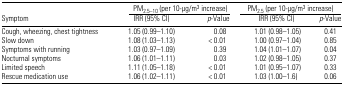
<table><thead><tr><td></td><td colspan="2"><b>PM<sub>2.5–10</sub> (per 10-μg/m<sup>3</sup> increase)</b></td><td colspan="2"><b>PM<sub>2.5</sub> (per 10-μg/m<sup>3</sup> increase)</b></td></tr><tr><td><b>Symptom</b></td><td><b>IRR (95% CI)</b></td><td><b><i>p</i>-Value</b></td><td><b>IRR (95% CI)</b></td><td><b><i>p</i>-Value</b></td></tr></thead><tbody><tr><td>Cough, wheezing, chest tightness</td><td>1.05 (0.99–1.10)</td><td>0.08</td><td>1.01 (0.98–1.05)</td><td>0.41</td></tr><tr><td>Slow down</td><td>1.08 (1.03–1.13)</td><td>&lt; 0.01</td><td>1.00 (0.97–1.04)</td><td>0.85</td></tr><tr><td>Symptoms with running</td><td>1.03 (0.97–1.09)</td><td>0.39</td><td>1.04 (1.01–1.07)</td><td>0.04</td></tr><tr><td>Nocturnal symptoms</td><td>1.06 (1.01–1.11)</td><td>0.03</td><td>1.02 (0.98–1.05)</td><td>0.37</td></tr><tr><td>Limited speech</td><td>1.11 (1.05–1.18)</td><td>&lt; 0.01</td><td>1.01 (0.95–1.07)</td><td>0.33</td></tr><tr><td>Rescue medication use</td><td>1.06 (1.02–1.11)</td><td>&lt; 0.01</td><td>1.03 (1.00–1.6)</td><td>0.06</td></tr></tbody></table>